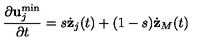
\frac { \partial { \bf u } _ { j } ^ { \min } } { \partial t } = s \dot { { \bf z } } _ { j } ( t ) + ( 1 - s ) \dot { { \bf z } } _ { M } ( t )